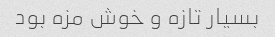
بسیار تازه و خوش مزه بود